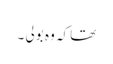
تھا کہ وہ بولی ۔